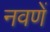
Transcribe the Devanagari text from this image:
नवणें